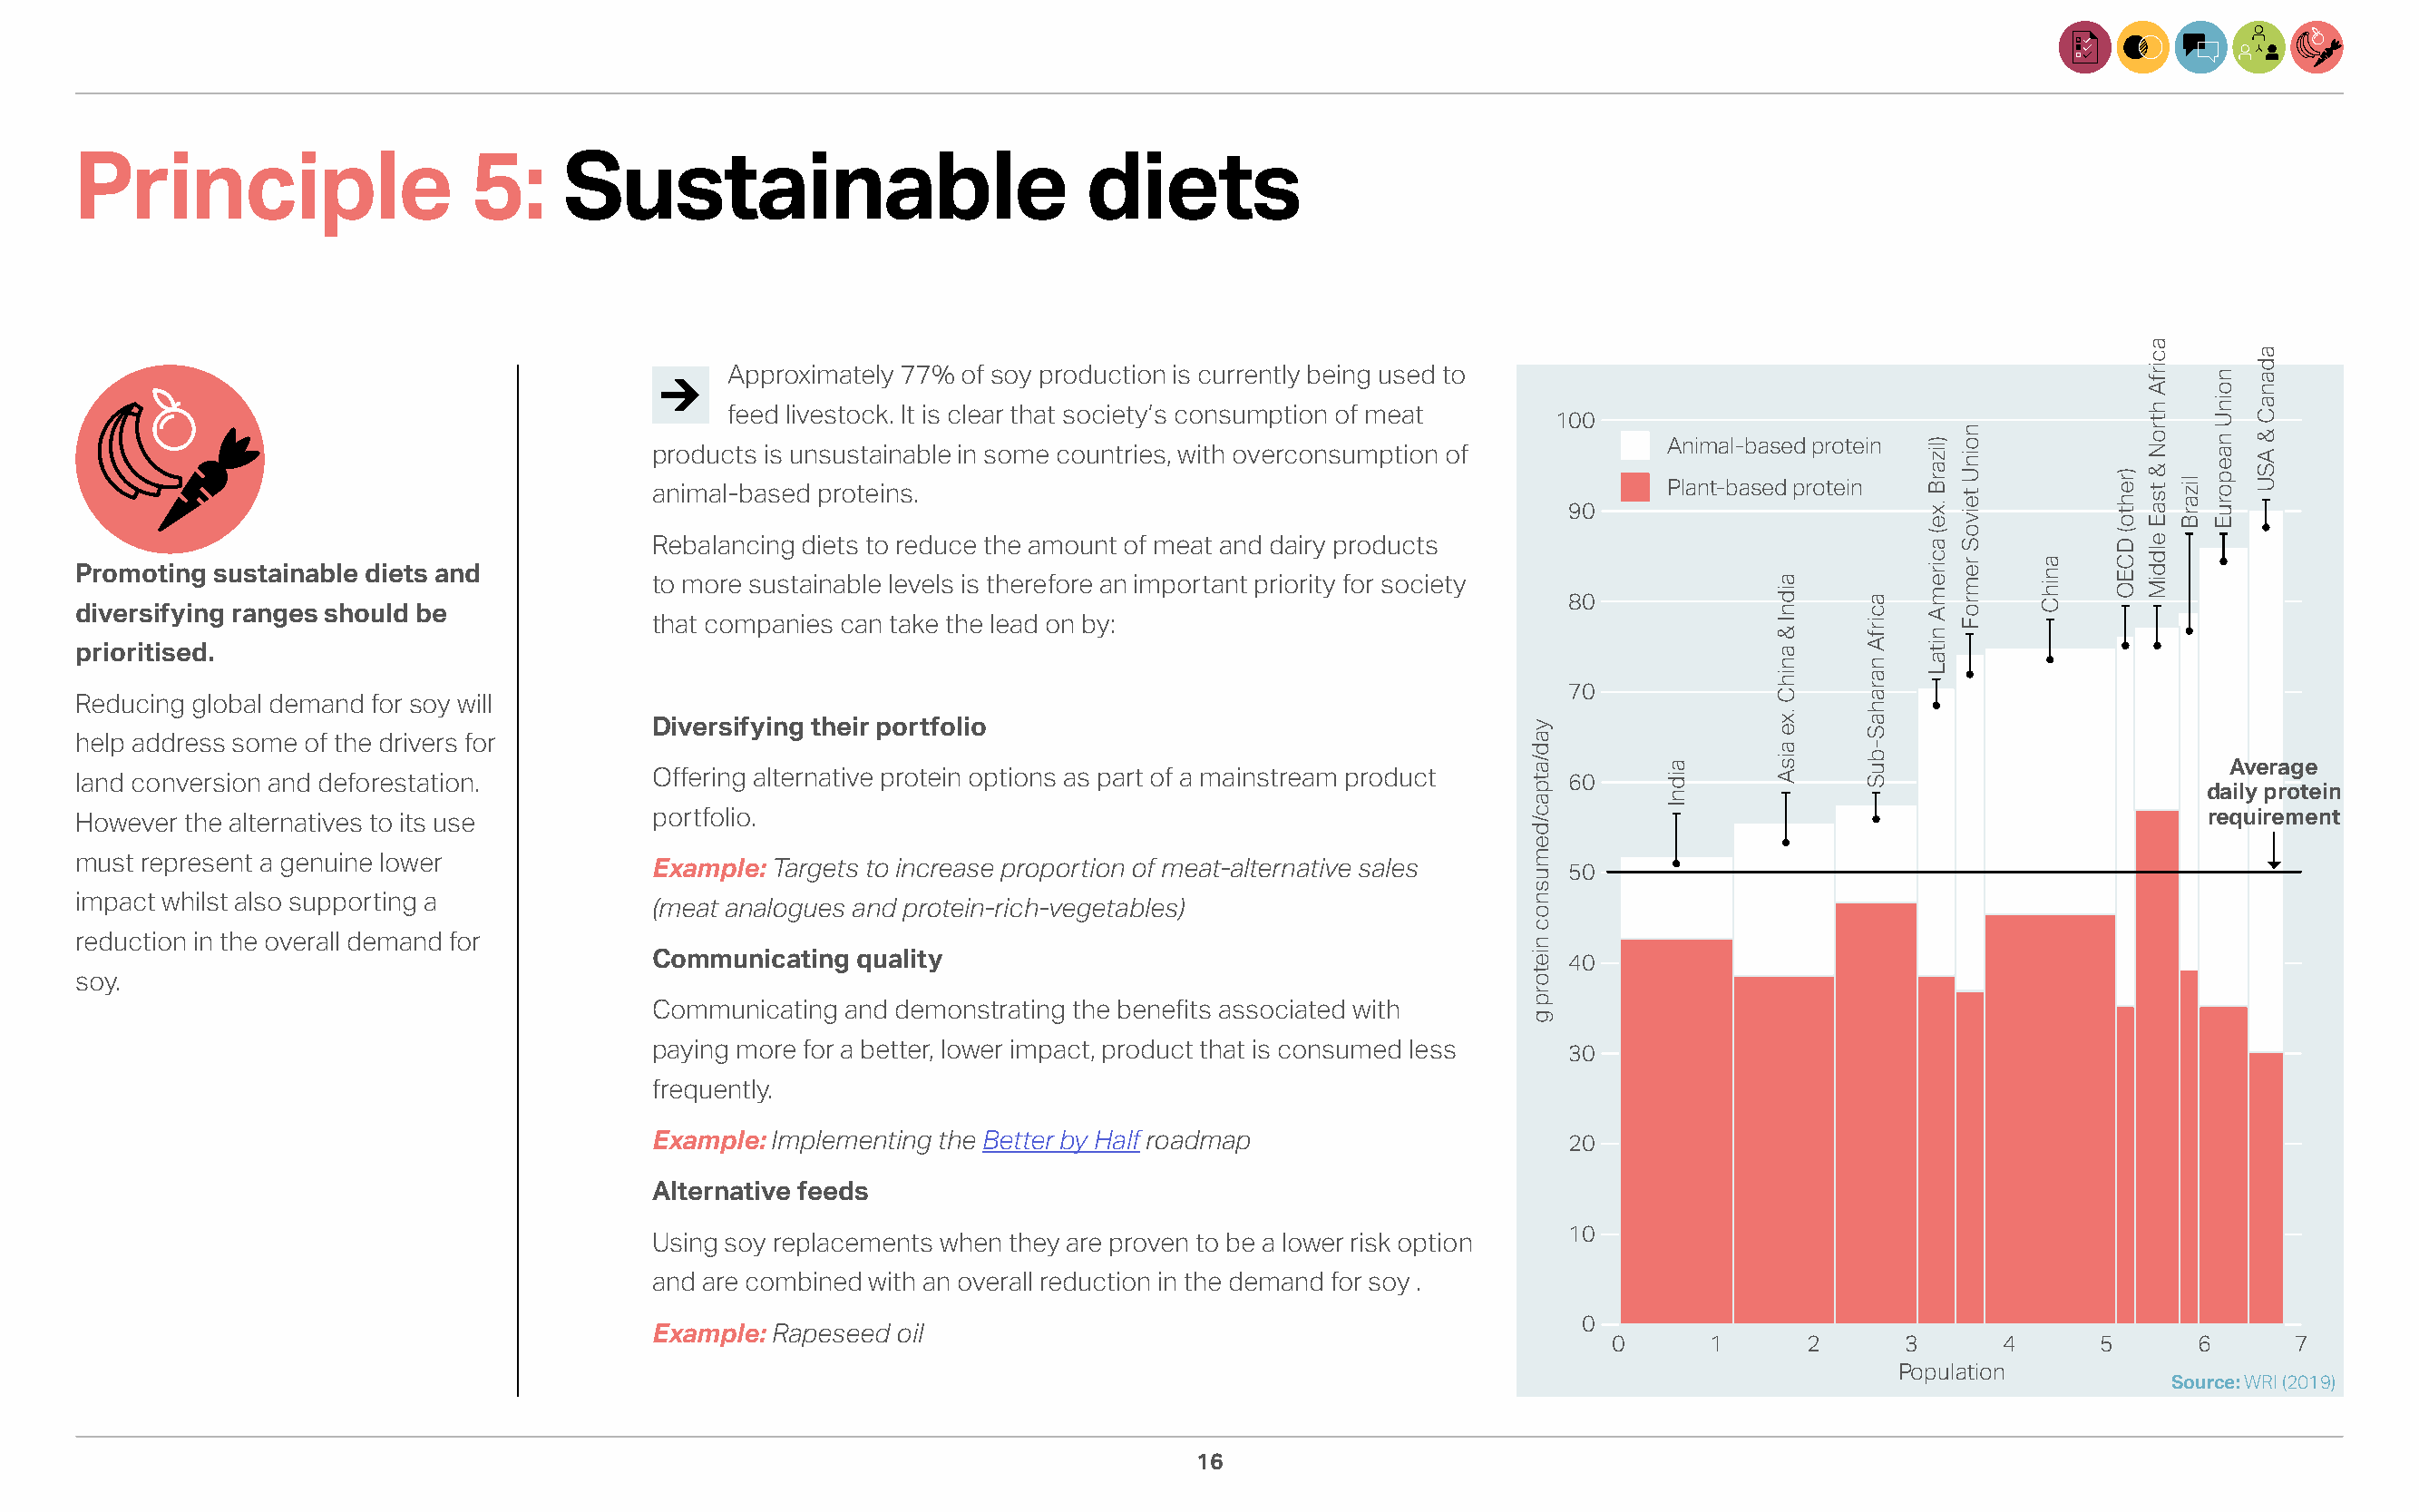
Principle                    5:     Sustainable                           diets
 Approximately 77% of soy production is currently being used to
 feed livestock. It is clear that society’s consumption of meat 100
 Animal-based protein
 products is unsustainable in some countries, with overconsumption of
 Plant-based protein
 animal-based proteins.
 90
 Rebalancing diets to reduce the amount of meat and dairy products
 Promoting sustainable diets and
 to more sustainable levels is therefore an important priority for society
 80
 diversifying ranges should be
 that companies can take the lead on by:
 prioritised.
 70
 Reducing global demand for soy will
 Diversifying their portfolio
 help address some of the drivers for
 Average
 land conversion and deforestation.        Offering alternative protein options as part of a mainstream product 60
 daily protein
 However the alternatives to its use       portfolio.                                                                                                       requirement
 must represent a genuine lower
 Example: Targets to increase proportion of meat-alternative sales 50
 impact whilst also supporting a
 (meat analogues and protein-rich-vegetables)
 reduction in the overall demand for
 Communicating  quality                                            40
 soy.
 Communicating and demonstrating the benefits associated with
 paying more for a better, lower impact, product that is consumed less 30
 frequently.
 Example: Implementing the Better by Half roadmap                  20
 Alternative feeds
 10
 Using soy replacements when they are proven to be a lower risk option
 and are combined with an overall reduction in the demand for soy .
 0
 Example: Rapeseed oil
 0      1      2      3      4      5      6       7
 Population
 Source: WRI (2019)
 16
 yad/atpac/demusnoc
 nietorp
 g
 aidnI
 aidnI
 &
 anihC
 .xe
 aisA
 acirfA
 narahaS-buS
 )lizarB
 .xe(
 aciremA
 nitaL
 noinU
 teivoS
 remroF anihC
 )rehto(
 DCEO
 acirfA
 htroN
 &
 tsaE
 elddiM
 lizarB
 noinU
 naeporuE
 adanaC
 &
 ASU